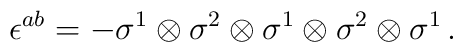
\epsilon^{ab} =-\sigma^1\otimes\sigma^2\otimes\sigma^1\otimes\sigma^2\otimes\sigma^1\, .